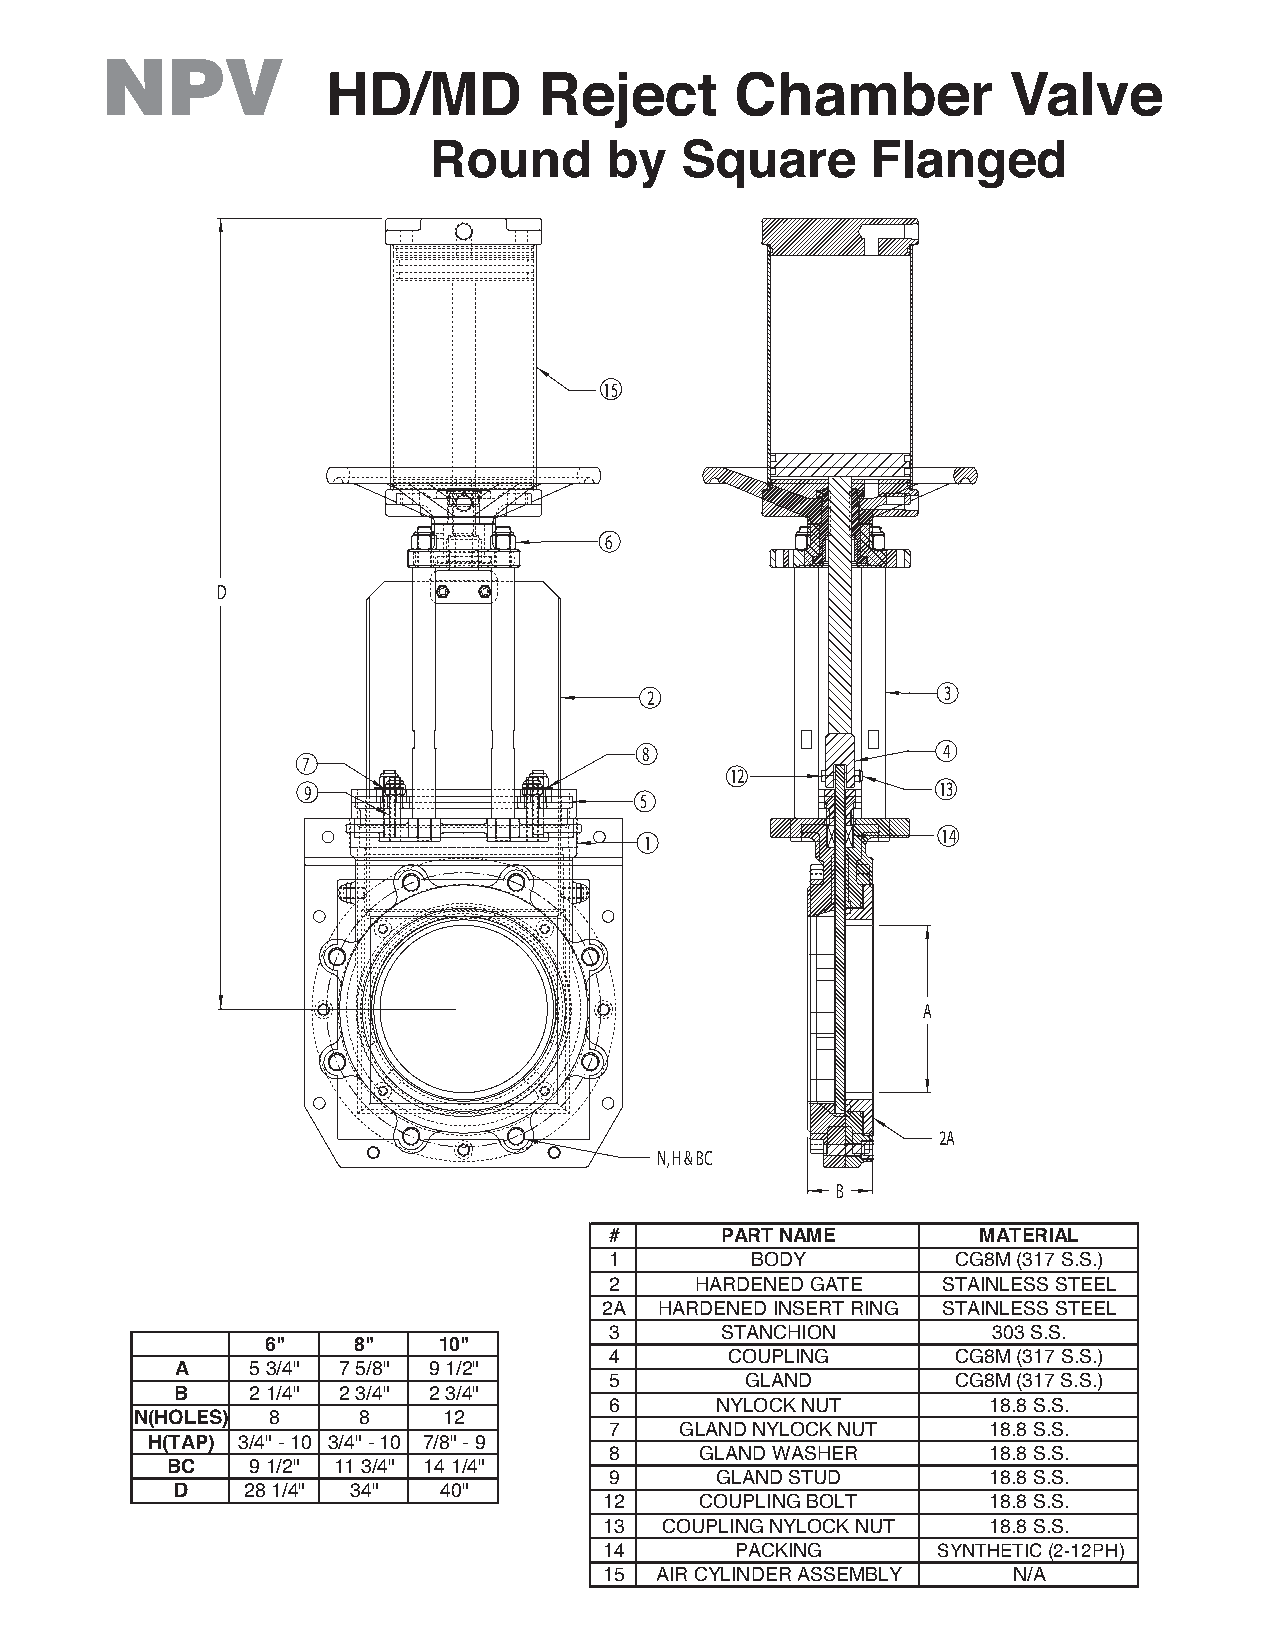
NPV
 HD/MD         Reject       Chamber           Valve
 Round       by   Square       Flanged
 15
 6
 D
 2                   3
 8                  4
 7
 12
 9                                         13
 5
 14
 1
 A
 2A
 N, H & BC
 B
 #       PART NAME        MATERIAL
 1         BODY         CG8M (317 S.S.)
 2     HARDENED GATE   STAINLESS STEEL
 2A  HARDENED INSERT RING STAINLESS STEEL
 3       STANCHION         303 S.S.
 6"   8"    10"
 4       COUPLING       CG8M (317 S.S.)
 A    5 3/4" 7 5/8" 9 1/2"
 5        GLAND         CG8M (317 S.S.)
 B    2 1/4" 2 3/4" 2 3/4"
 6      NYLOCK NUT         18.8 S.S.
 N(HOLES) 8     8    12
 7    GLAND NYLOCK NUT     18.8 S.S.
 H(TAP) 3/4" - 10 3/4" - 10 7/8" - 9
 8     GLAND WASHER        18.8 S.S.
 BC   9 1/2" 11 3/4" 14 1/4"
 9      GLAND STUD         18.8 S.S.
 D   28 1/4" 34"  40"
 12    COUPLING BOLT       18.8 S.S.
 13  COUPLING NYLOCK NUT   18.8 S.S.
 14       PACKING      SYNTHETIC (2-12PH)
 15 AIR CYLINDER ASSEMBLY   N/A